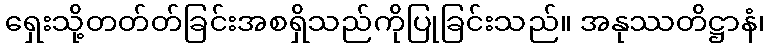
ရှေးသို့တတ်တ်ခြင်းအစရှိသည်ကိုပြုခြင်းသည်။ အနုဿတိဋ္ဌာနံ၊